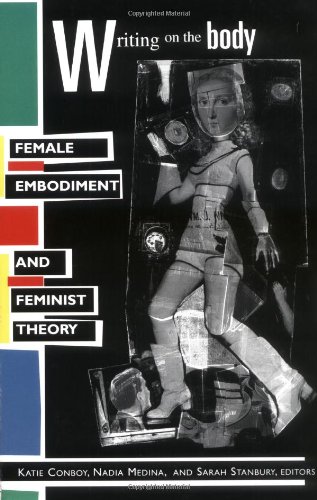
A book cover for Writing on the Body: Female Embodiment and Feminist Theory; Literature & Fiction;